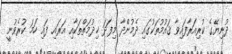
ދުނިޔޭގެ ކުރިއަރާފައިވާ ޤައުމުތަކުގައި ދެމުންދާ މިފަދަ ޚިދުމަތްތަކާއި އަރައި ފައި ހަމަ ކުރެވުނީ